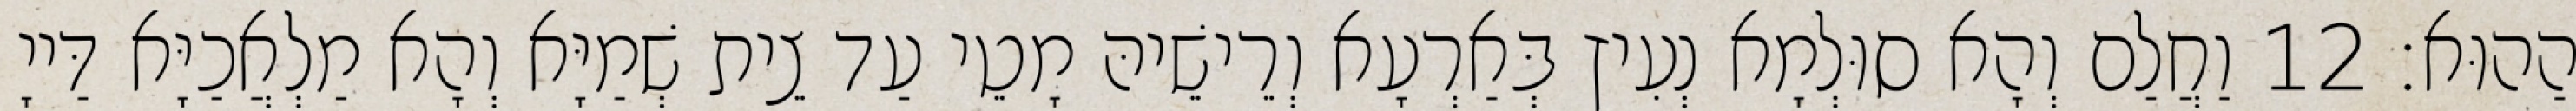
הַהוּא׃ 12 וַחֲלַם וְהָא סוּלְמָא נְעִיץ בְּאַרְעָא וְרֵישֵׁיהּ מָטֵי עַד צֵית שְׁמַיָּא וְהָא מַלְאֲכַיָּא דַּייָ